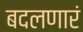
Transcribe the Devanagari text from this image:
बदलणारं